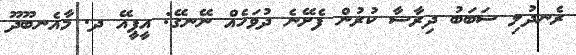
ރެނދުލި ސަބަބު ދިރާސާ ކުރުން ފެށޭނެ ދުވަހެއް ނޭނގޭ: އީޕީއޭ ދ. މާއެނބޫދޫ